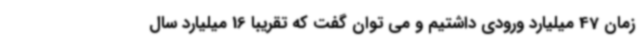
زمان 47 میلیارد ورودی داشتیم و می توان گفت که تقریبا 16 میلیارد سال